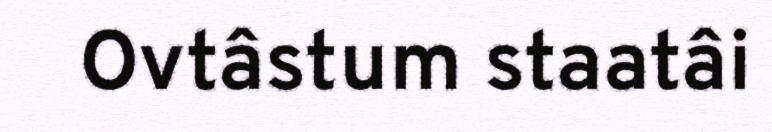
Ovtâstum staatâi